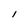
Character: 1